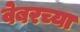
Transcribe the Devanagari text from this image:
वेबरच्या